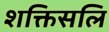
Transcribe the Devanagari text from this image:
शक्तिसलि